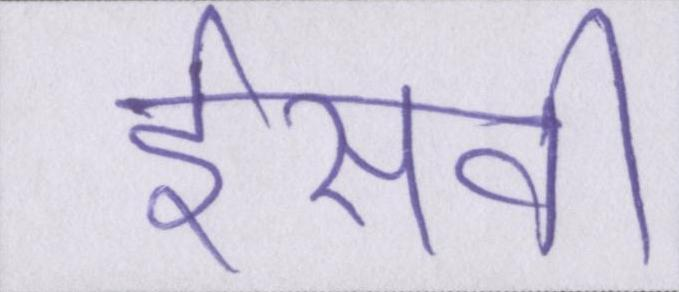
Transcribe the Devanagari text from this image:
ईसवी